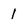
Character: 1